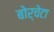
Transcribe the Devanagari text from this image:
बोर्चेटा